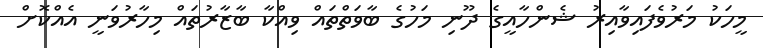
މީހަކު މަރުވެފައިވާއިރު ޝެންހާއީގެ ދޫނި މަހުގެ ބާވަތްތައް ވިއްކާ ބާޒާރުތައް މިހާރުވަނީ އެއްކޮށް